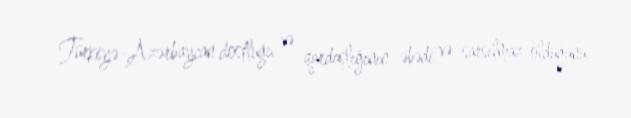
Türkiyə-Azərbaycan dostluğu və qardaşlığının əbədi və sarsılmaz olduğunu